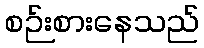
စဉ်းစားနေသည်